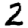
Digit: 2